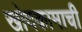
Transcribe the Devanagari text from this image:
खोदकामाची